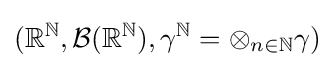
(\mathbb {R} ^{\mathbb {N} },{\mathcal {B}}(\mathbb {R} ^{\mathbb {N} }),\gamma ^{\mathbb {N} }=\otimes _{n\in \mathbb {N} }\gamma )